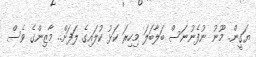
ޔަގީން.. މޫނު ނުފެނުނަސް ބަލާބަލަ މިހިރަ ކަޅު ކުލައިގެ ލަފަށް.. މާޒިންގެ ވެސް